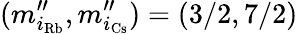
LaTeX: (m_{i_{\mathrm{Rb}}}^{\prime\prime},m_{i_{\mathrm{Cs}}}^{\prime\prime})=(3/2,7/2)